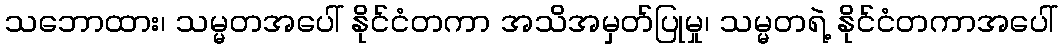
သဘောထား၊ သမ္မတအပေါ် နိုင်ငံတကာ အသိအမှတ်ပြုမှု၊ သမ္မတရဲ့ နိုင်ငံတကာအပေါ်